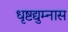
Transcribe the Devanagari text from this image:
धृष्टद्युम्नास